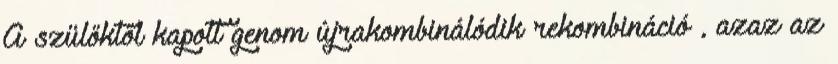
A szülőktől kapott genom újrakombinálódik rekombináció , azaz az